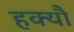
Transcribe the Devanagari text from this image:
हक्यौ